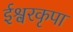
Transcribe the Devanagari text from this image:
ईश्वरकृपा